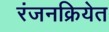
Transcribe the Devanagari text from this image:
रंजनक्रियेत